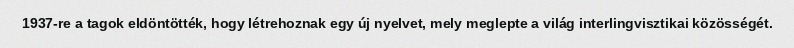
1937-re a tagok eldöntötték, hogy létrehoznak egy új nyelvet, mely meglepte a világ interlingvisztikai közösségét.